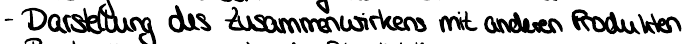
- Darstellung des Zusammenwirkens mit anderen Produkten